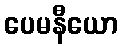
ပေမနီယော